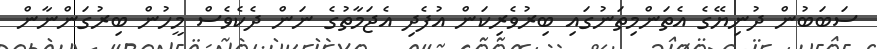
ސަބަބުން ދުނިޔޭގެ އެތަންމިތަނުގައި ބިރުވެރިކަން އުފެދި އެޖަމާތުގެ ނަން ދެކެވެސް މީހުން ބިރުގަންނާން